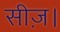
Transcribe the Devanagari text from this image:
सीज़।